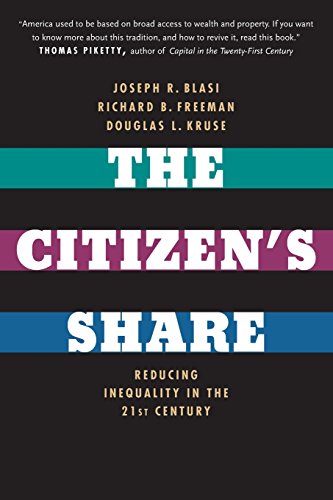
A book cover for The Citizen's Share: Reducing Inequality in the 21st Century; Joseph R. Blasi; Business & Money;